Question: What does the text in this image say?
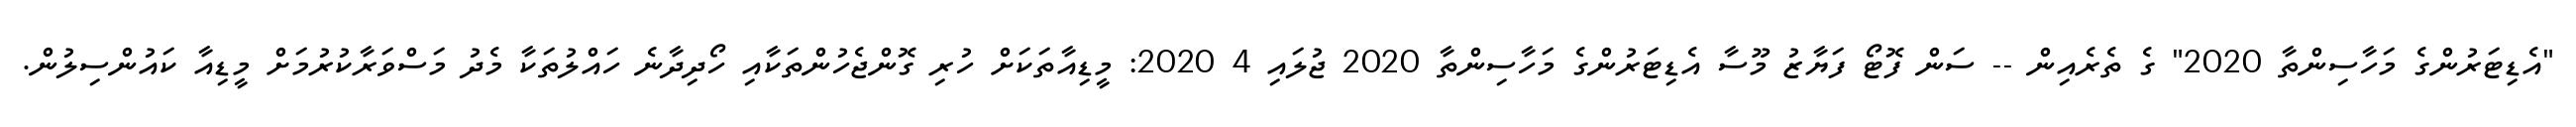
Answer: "އެޑިޓަރުންގެ މަހާސިންތާ 2020" ގެ ތެރެއިން -- ސަން ފޮޓޯ ފަޔާޒު މޫސާ އެޑިޓަރުންގެ މަހާސިންތާ 2020 ޖުލައި 4 2020: މީޑިއާތަކަށް ހުރި ގޮންޖެހުންތަކާއި ހޯދިދާނެ ހައްލުތަކާ މެދު މަސްވަރާކުރުމަށް މީޑިއާ ކައުންސިލުން.